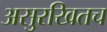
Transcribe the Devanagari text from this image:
असुरखितच